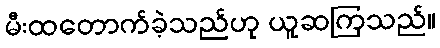
မီးထတောက်ခဲ့သည်ဟု ယူဆကြသည်။